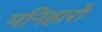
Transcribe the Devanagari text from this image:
मनिहारों